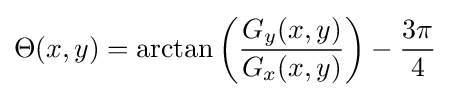
\Theta (x,y)=\arctan {\left({\frac {G_{y}(x,y)}{G_{x}(x,y)}}\right)}-{\frac {3\pi }{4}}